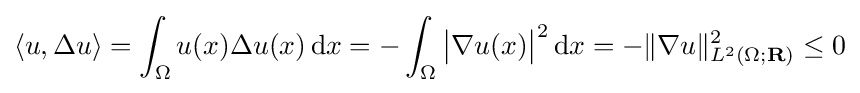
\langle u,\Delta u\rangle =\int _{\Omega }u(x)\Delta u(x)\,\mathrm {d} x=-\int _{\Omega }{\big |}\nabla u(x){\big |}^{2}\,\mathrm {d} x=-\|\nabla u\|_{L^{2}(\Omega ;\mathbf {R} )}^{2}\leq 0